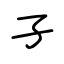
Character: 孑